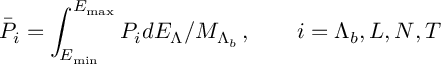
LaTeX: \bar { P } _ { i } = \int _ { E _ { \operatorname * { m i n } } } ^ { E _ { \operatorname * { m a x } } } P _ { i } d E _ { \Lambda } / M _ { \Lambda _ { b } } \, , \quad \quad i = \Lambda _ { b } , L , N , T